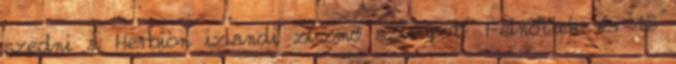
szedni a Herbion izlandi zuzmó szirupot? Felnőttek és 16